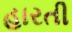
હારતી